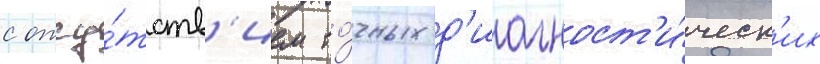
с отсу́тств'ием то́чных д'иагност'и́ческ'их